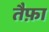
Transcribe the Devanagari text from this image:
तैफ़ा